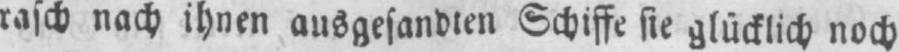
rasch nach ihnen ausgesandten Schiffe sie glücklich noch